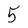
Character: 5